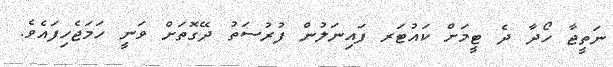
ނަތީޖާ ހޯދާ ދެ ޓީމަށް ކައުޓަރ ފައިނަލުން ފުރުސަތު ދޭގޮތަށް ވަނީ ހަމަޖެހިފައެވެ.